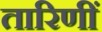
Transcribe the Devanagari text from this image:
तारिणीं